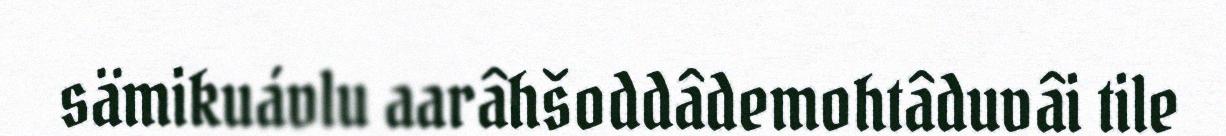
sämikuávlu aarâhšoddâdemohtâduvâi tile